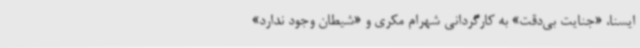
ایسنا، «جنایت بی‌دقت» به کارگردانی شهرام مکری و «شیطان وجود ندارد»